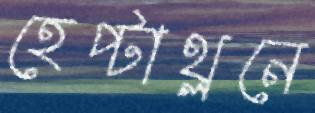
হেপ্টাথ্লনে